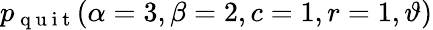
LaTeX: \displaystyle p_{\mathrm{~q~u~i~t~}}(\alpha=3,\beta=2,c=1,r=1,\vartheta)